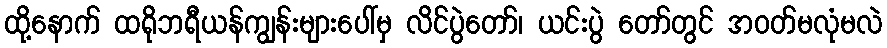
ထို့နောက် ထရိုဘရီယန်ကျွန်းများပေါ်မှ လိင်ပွဲတော်၊ ယင်းပွဲ တော်တွင် အဝတ်မလုံမလဲ